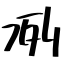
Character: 冽